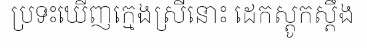
ប្រទះឃើញក្មេងស្រីនោះ ដេកស្តូកស្តឹង